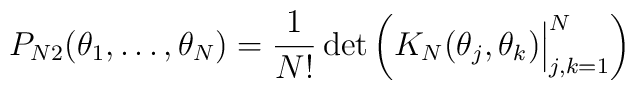
P_{N 2}(\theta_1,\ldots,\theta_N)={1\over N!}\det\left( K_N(\theta_j,\theta_k)\Bigr\vert_{j,k=1}^N\right)